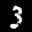
Label: 3